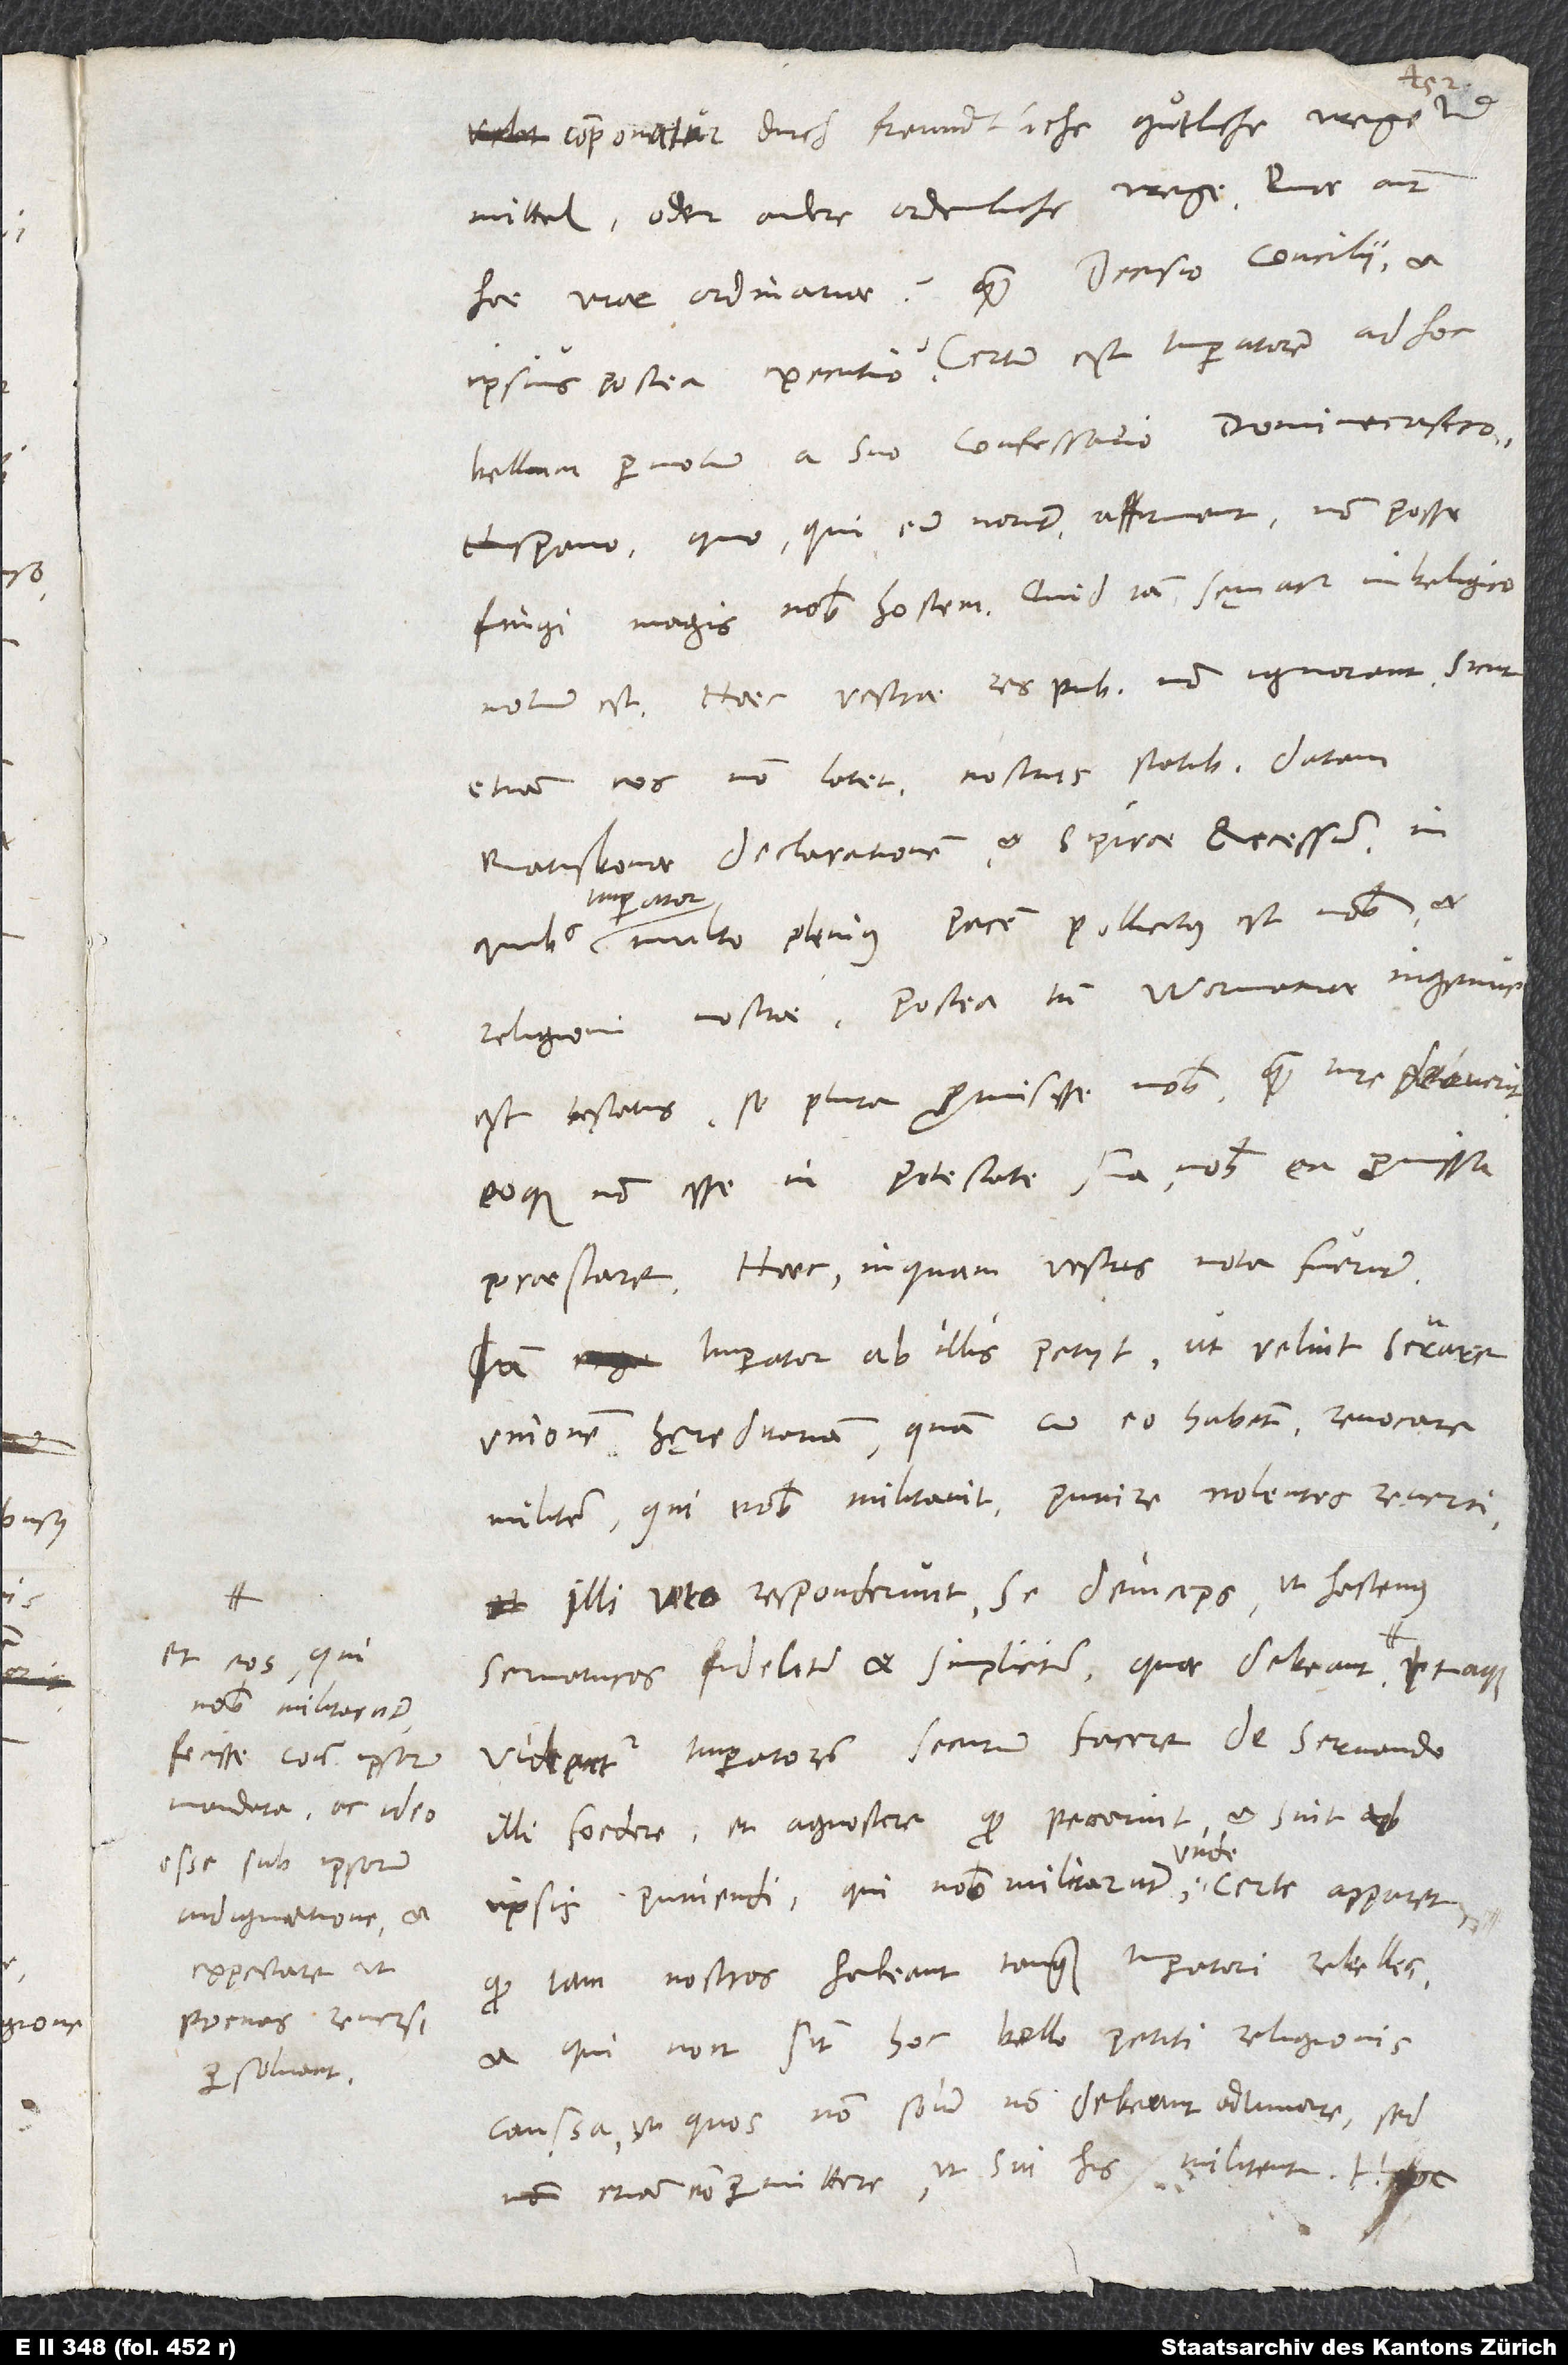
eos, qui
fecisse contra ipsorum
mandata, ac ideo
esse sub ipsorum
indignatione et
expectare, ut
poenas reversi
persolvant.

componatur durch freundtliche, gutliche wege und
mittel oder andere ordenliche wege. Quae autem
hae viae ordinariae quam decisio concilii et
ipsius postea executio? Certum est imperatorem ad hoc
bellum permotum a suo confessario dominicastro
Hispano, quo, qui eum norunt, affirmant non posse
fingi magis nobis hostem. Quid iam sęviatur in Belgico,
Haec vestrae respublicae non ignorant, sicut
etiam vos non latet nostris statibus datam
Ratisbonae declarationem et Spirae recessum, in
pater
quibus imperator multo plenius pacem pollicitus est nobis et
religioni nostrae. Postea tamen Wormatiae ingenue
est testatus se plura promisisse nobis, quam iure debuerit,
eoque non esse in potestate sua nobis ea promissa
praestare. Haec, inquam, vestris nota fuerunt.
Iam imperator ab illis petiit, ut velint servare
unionem hęreditariam, quam cum eo habent, revocare
militem, qui nobis militavit, punire nolentes reverti.
Illi vero responderunt se deinceps ut hactenus
servaturos fideliter et simpliciter, quae debeant, et
videntur imperatorem securum facere de servando
illi foedere, et agnoscere, quod peccarint, et sint ab
ipsis puniendi, qui nobis militarunt, unde certe apparetque,
quod iam nostros habeant tanquam imperatori rebelles,
et qui non sint hoc bello petiti religionis
caussa, ut quos non solum non debeant adiuvare, sed
etiam non permittere, ut sui his militent! Hoc